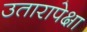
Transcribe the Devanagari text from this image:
उतारापेक्षा